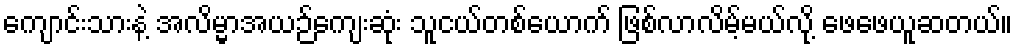
ကျောင်းသားနဲ့ အလိမ္မာအယဉ်ကျေးဆုံး သူငယ်တစ်ယောက် ဖြစ်လာလိမ့်မယ်လို့ ဖေဖေယူဆတယ်။